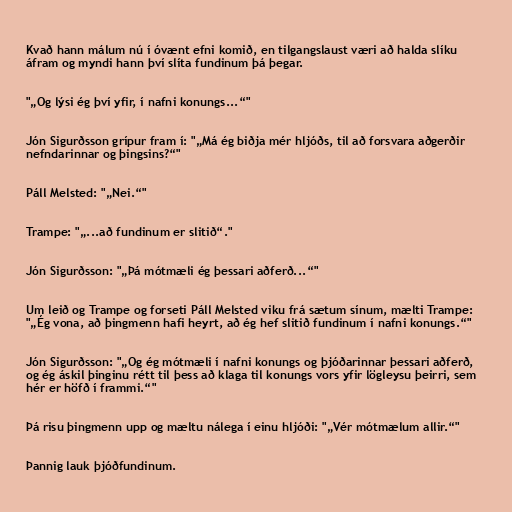
Kvað hann málum nú í óvænt efni komið, en tilgangslaust væri að halda slíku
áfram og myndi hann því slíta fundinum þá þegar.

"„Og lýsi ég því yfir, í nafni konungs...“"

Jón Sigurðsson grípur fram í: "„Má ég biðja mér hljóðs, til að forsvara aðgerðir
nefndarinnar og þingsins?“"

Páll Melsted: "„Nei.“"

Trampe: "„...að fundinum er slitið“."

Jón Sigurðsson: "„Þá mótmæli ég þessari aðferð...“"

Um leið og Trampe og forseti Páll Melsted viku frá sætum sínum, mælti Trampe:
"„Ég vona, að þingmenn hafi heyrt, að ég hef slitið fundinum í nafni konungs.“"

Jón Sigurðsson: "„Og ég mótmæli í nafni konungs og þjóðarinnar þessari aðferð,
og ég áskil þinginu rétt til þess að klaga til konungs vors yfir lögleysu þeirri, sem
hér er höfð í frammi.“"

Þá risu þingmenn upp og mæltu nálega í einu hljóði: "„Vér mótmælum allir.“"

Þannig lauk þjóðfundinum.